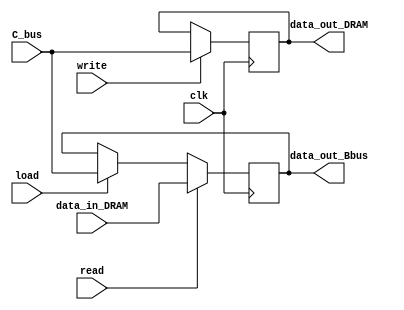
`timescale 1ns / 1ps
//////////////////////////////////////////////////////////////////////////////////
// Company: 
// Engineer: 
// 
// Design Name: 
// Module Name: MDR
// Project Name: 
// Target Devices: 
// Tool Versions: 
// Description: 
// 
// Dependencies: 
// 
// Revision:
// Revision 0.01 - File Created
// Additional Comments:
// 
//////////////////////////////////////////////////////////////////////////////////

module MDR(

input clk,
input load,
input read,
input write,
input [7:0] C_bus,
input [7:0] data_in_DRAM,
output reg [7:0] data_out_Bbus,
output reg [7:0] data_out_DRAM

);

always@(posedge clk)
	begin 
		if (load) data_out_Bbus <= C_bus;
		
		if (read) data_out_Bbus <= data_in_DRAM;
		
		if (write) data_out_DRAM <= C_bus;
		
	end

endmodule